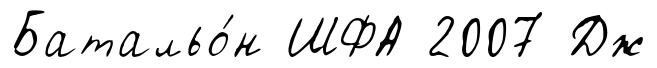
Батальо́н ШФА 2007 Дж